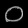
Digit: ၀